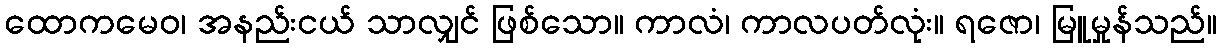
ထောကမေဝ၊ အနည်းငယ် သာလျှင် ဖြစ်သော။ ကာလံ၊ ကာလပတ်လုံး။ ရဇော၊ မြူမှုန်သည်။